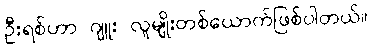
ဦးရစ်ဟာ ဂျူး လူမျိုးတစ်ယောက်ဖြစ်ပါတယ်။